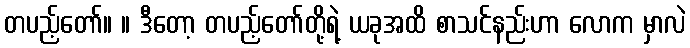
တပည့်တော်။ ။ ဒီတော့ တပည့်တော်တို့ရဲ့ ယခုအထိ စာသင်နည်းဟာ လောက မှာလဲ